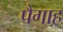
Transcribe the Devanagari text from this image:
पैगाह